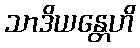
သာဒိယန္တေဟိ